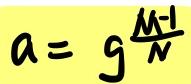
\[ a = g^{\frac{M - 1}{N}} \]